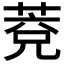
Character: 𦳆